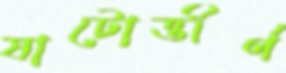
ষাটোত্তীর্ণ